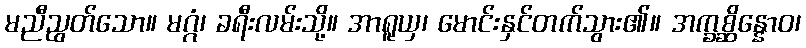
မညီညွတ်သော။ မဂ္ဂံ၊ ခရီးလမ်းသို့။ အာရူယှ၊ မောင်းနှင်တက်သွား၏။ အက္ခစ္ဆိန္နောဝ၊